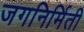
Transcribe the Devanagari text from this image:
जगनिर्मिती